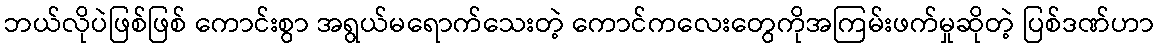
ဘယ်လိုပဲဖြစ်ဖြစ် ကောင်းစွာ အရွယ်မရောက်သေးတဲ့ ကောင်ကလေးတွေကိုအကြမ်းဖက်မှုဆိုတဲ့ ပြစ်ဒဏ်ဟာ